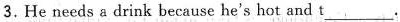
3.He needs a drink because he's hot and t ___